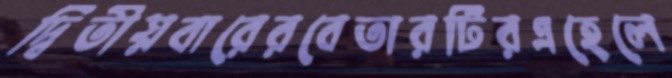
দ্বিতীয়বারেরবেতারটিরএহেলে